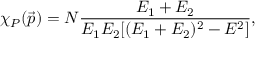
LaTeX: \chi _ { { \cal P } } ( \vec { p } ) = N \frac { E _ { 1 } + E _ { 2 } } { E _ { 1 } E _ { 2 } [ ( E _ { 1 } + E _ { 2 } ) ^ { 2 } - E ^ { 2 } ] } ,